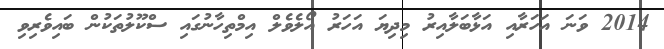
2014 ވަނަ އަހަރާއި އަޅާބަލާއިރު މިދިޔަ އަހަރު އޯލެވެލް އިމްތިހާނުގައި ސްކޫލުތަކުން ބައިވެރިވި